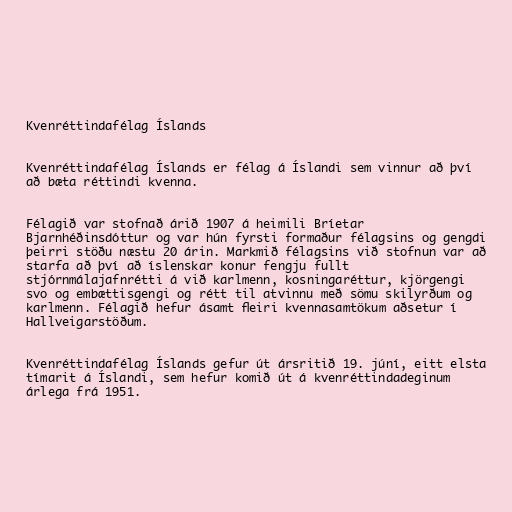
Kvenréttindafélag Íslands

Kvenréttindafélag Íslands er félag á Íslandi sem vinnur að því
að bæta réttindi kvenna.

Félagið var stofnað árið 1907 á heimili Bríetar
Bjarnhéðinsdóttur og var hún fyrsti formaður félagsins og gengdi
þeirri stöðu næstu 20 árin. Markmið félagsins við stofnun var að
starfa að því að íslenskar konur fengju fullt
stjórnmálajafnrétti á við karlmenn, kosningaréttur, kjörgengi
svo og embættisgengi og rétt til atvinnu með sömu skilyrðum og
karlmenn. Félagið hefur ásamt fleiri kvennasamtökum aðsetur í
Hallveigarstöðum.

Kvenréttindafélag Íslands gefur út ársritið 19. júní, eitt elsta
tímarit á Íslandi, sem hefur komið út á kvenréttindadeginum
árlega frá 1951.